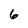
Character: 6